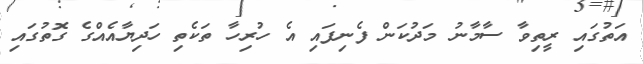
އަތުގައި ރީތިވާ ސާމާނު މަދުކަން ފެނިފައި އެ ހުރިހާ ތަކެތި ހަދިޔާއެއްގެ ގޮތުގައި